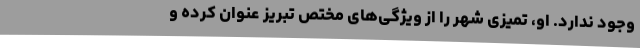
وجود ندارد. او، تمیزی شهر را از ویژگی‌های مختص تبریز عنوان کرده و